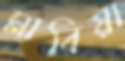
মাবিয়া